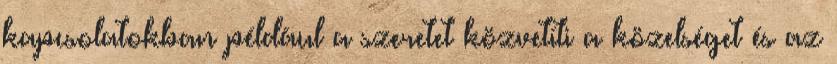
kapcsolatokban például a szeretet közvetíti a közelséget és az